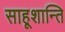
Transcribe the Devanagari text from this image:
साहूशान्ति